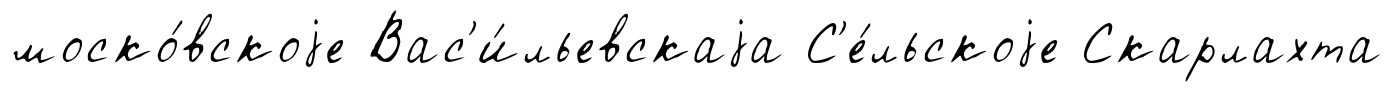
моско́вскоjе Вас'и́льевскаjа С'е́льскоjе Скарлахта